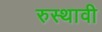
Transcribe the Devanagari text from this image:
रुस्थावी